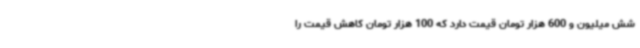
شش میلیون و 600 هزار تومان قیمت دارد که 100 هزار تومان کاهش قیمت را